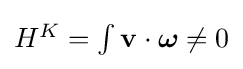
\textstyle H^{K}=\int \mathbf {v} \cdot {\boldsymbol {\omega }}\neq 0